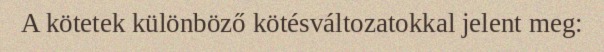
A kötetek különböző kötésváltozatokkal jelent meg: